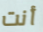
أنت